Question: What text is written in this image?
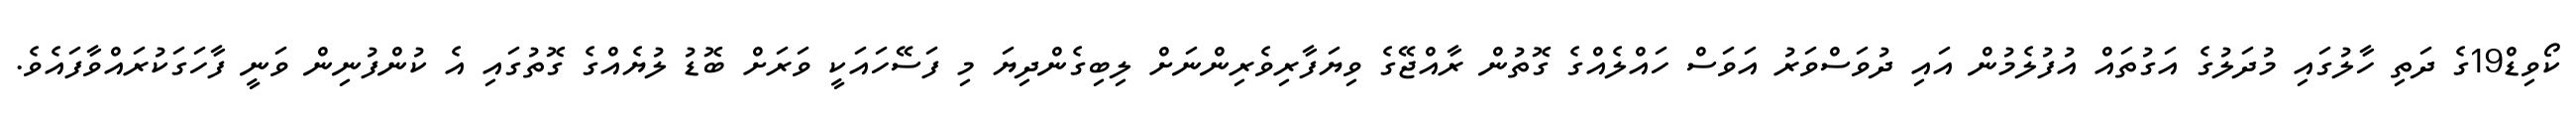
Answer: ކޯވިޑް19ގެ ދަތި ހާލުގައި މުދަލުގެ އަގުތައް އުފުލެމުން އައި ދުވަސްވަރު އަވަސް ހައްލެއްގެ ގޮތުން ރާއްޖޭގެ ވިޔަފާރިވެރިންނަށް ލިބިގެންދިޔަ މި ފަސޭހައަކީ ވަރަށް ބޮޑު ލުޔެއްގެ ގޮތުގައި އެ ކުންފުނިން ވަނީ ފާހަގަކުރައްވާފައެވެ.